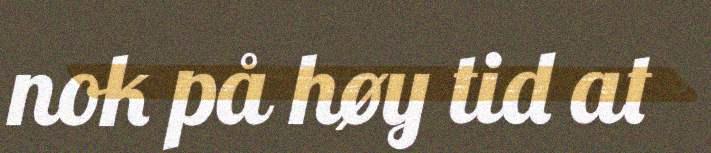
nok på høy tid at